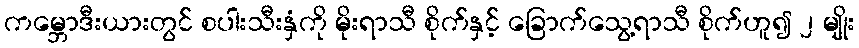
ကမ္ဘောဒီးယားတွင် စပါးသီးနှံကို မိုးရာသီ စိုက်နှင့် ခြောက်သွေ့ရာသီ စိုက်ဟူ၍ ၂ မျိုး